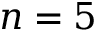
n = 5